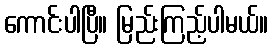
ကောင်းပါပြီ။ မြည်းကြည့်ပါမယ်။